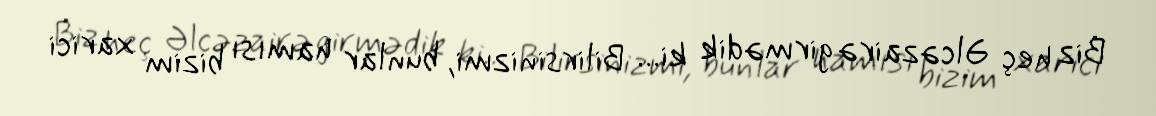
Biz heç Əlcəzairə girmədik ki... Bilirsinizmi, bunlar hamısı bizim xarici